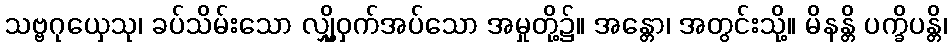
သဗ္ဗဂုယှေသု၊ ခပ်သိမ်းသော လျှို့ဝှက်အပ်သော အမှုတို့၌။ အန္တော၊ အတွင်းသို့။ မိနန္တိ ပက္ခိပန္တိ၊